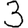
Digit: 3